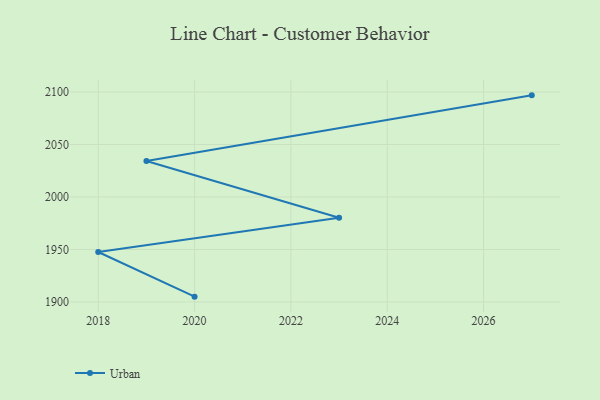
{"axis": {"x": "Year", "y": "Net Income (USD K)"}, "legend": ["Urban"], "data": [{"x": "2027", "y": 2096.8, "type": "Urban"}, {"x": "2019", "y": 2034.3, "type": "Urban"}, {"x": "2023", "y": 1980.2, "type": "Urban"}, {"x": "2018", "y": 1947.6, "type": "Urban"}, {"x": "2020", "y": 1905.1, "type": "Urban"}]}